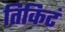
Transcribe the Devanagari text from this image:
तिकिटं